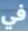
في